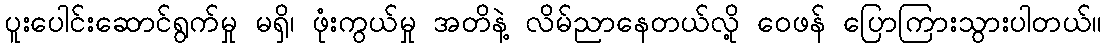
ပူးပေါင်းဆောင်ရွက်မှု မရှိ၊ ဖုံးကွယ်မှု အတိနဲ့ လိမ်ညာနေတယ်လို့ ဝေဖန် ပြောကြားသွားပါတယ်။